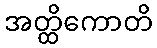
အတ္ထိကောတိ